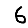
Digit: 6